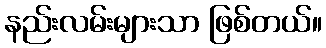
နည်းလမ်းများသာ ဖြစ်တယ်။